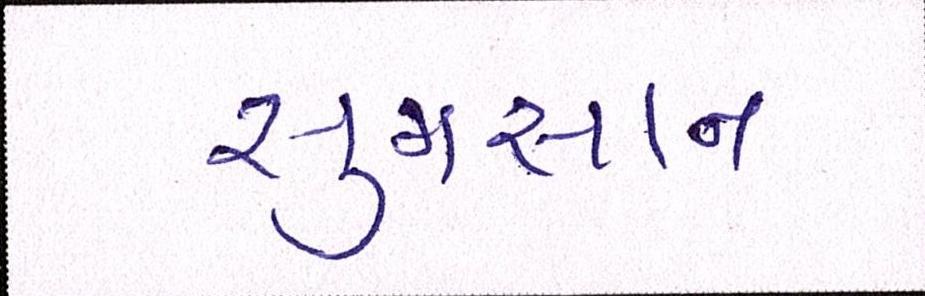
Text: સુમસાન